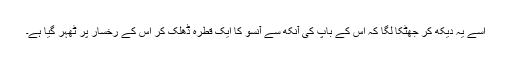
اسے یہ دیکھ کر جھٹکا لگا کہ اس کے باپ کی آنکھ سے آنسو کا ایک قطرہ ڈھلک کر اس کے رخسار پر ٹھہر گیا ہے۔